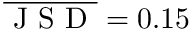
\overline { { \mathrm { ~ J ~ S ~ D ~ } } } = 0 . 1 5